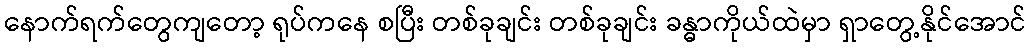
နောက်ရက်တွေကျတော့ ရုပ်ကနေ စပြီး တစ်ခုချင်း တစ်ခုချင်း ခန္ဓာကိုယ်ထဲမှာ ရှာတွေ့နိုင်အောင်